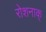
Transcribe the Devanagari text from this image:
रोशनाक्‌